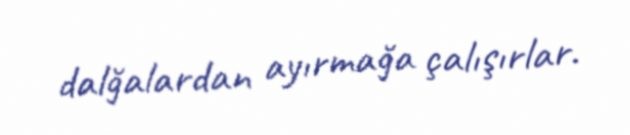
dalğalardan ayırmağa çalışırlar.